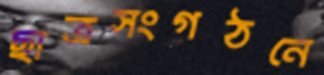
ছাত্রসংগঠনে